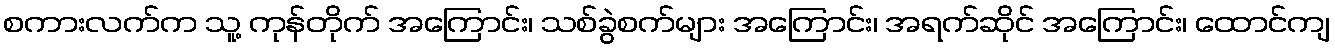
စကားလက်က သူ့ ကုန်တိုက် အကြောင်း၊ သစ်ခွဲစက်များ အကြောင်း၊ အရက်ဆိုင် အကြောင်း၊ ထောင်ကျ